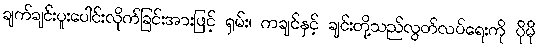
ချက်ချင်းပူးပေါင်းလိုက်ခြင်းအားဖြင့် ရှမ်း၊ ကချင်နှင့် ချင်းတို့သည်လွတ်လပ်ရေးကို ပိုမို